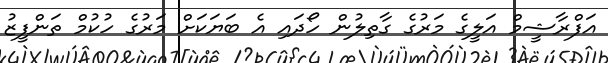
އަފްރާޝީމް އަލީގެ މަރުގެ ގާތިލުން ހޯދައި އެ ބަޔަކަށް މަރުގެ ހުކުމް ތަންފީޒު